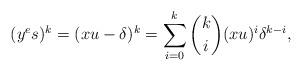
LaTeX: \begin{align*} (y^es)^k = (xu-\delta)^k = \sum_{i=0}^k\binom{k}{i}(xu)^i\delta^{k-i},\end{align*}